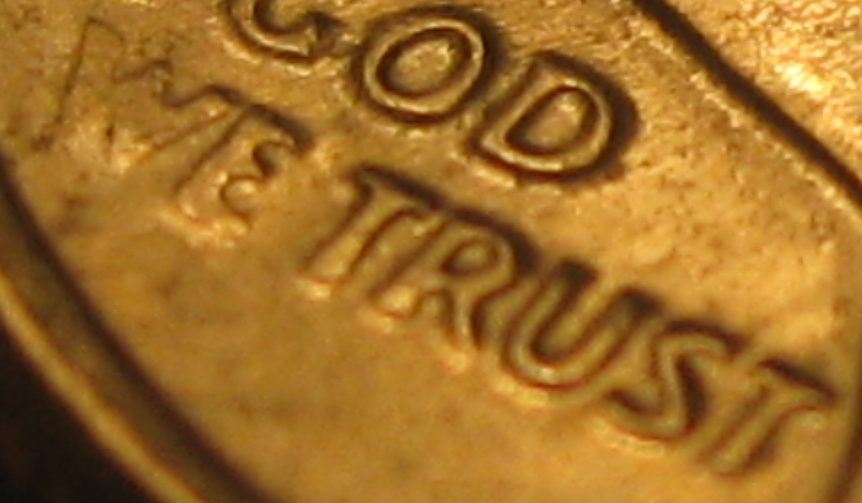
WE TRUST